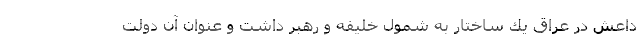
داعش در عراق يك ساختار به شمول خليفه و رهبر داشت و عنوان آن دولت